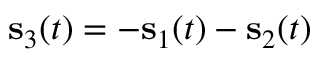
{ \mathbf s } _ { 3 } ( t ) = - { \mathbf s } _ { 1 } ( t ) - { \mathbf s } _ { 2 } ( t )